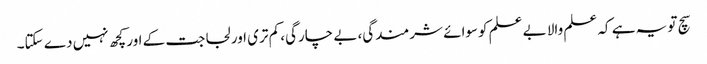
سچ تو یہ ہے کہ علم والا بے علم کوسوائے شرمندگی، بے چارگی، کم تری اور لجاجت کے اور کچھ نہیں دے سکتا۔